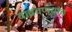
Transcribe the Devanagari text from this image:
वाढवण्याचं